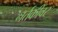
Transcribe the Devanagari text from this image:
नर्तकीवर